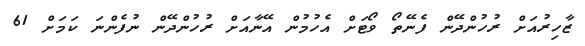
ޒާހިރުއަށް ރުހުންދޭން ފެނޭތޯ ވޯޓަށް އެހުމުން އޭނާއަށް ރުހުންދޭން ނުފެންނަ ކަމަަށް 61